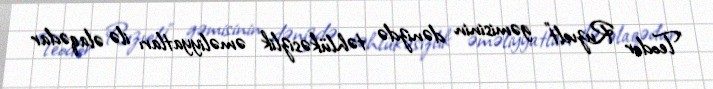
"Teodor Ruzvelt" gəmisinin dənizdə təhlükəsizlik əməliyyatları ilə əlaqədar